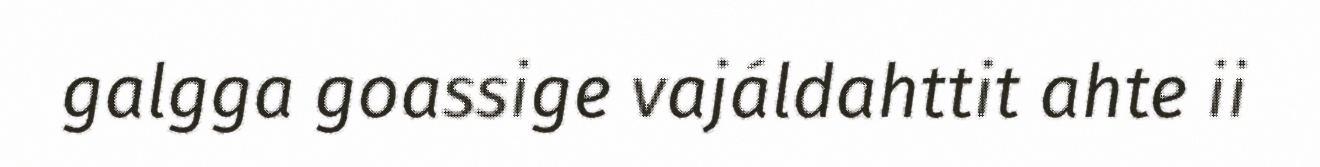
galgga goassige vajáldahttit ahte ii